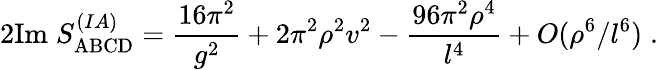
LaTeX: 2\mathrm{Im}\; S_{\mathrm{ABCD}}^{(IA)}=\frac{16\pi^{2}}{g^{2}}+2\pi^{2}\rho^{2}v^{2}-\frac{96\pi^{2}\rho^{4}}{l^{4}}+O(\rho^{6}/l^{6})\; .